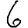
Digit: 6